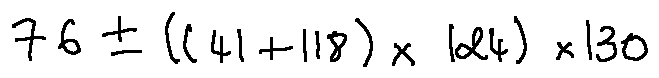
7 6 \pm ( ( 4 1 + 1 1 8 ) \times 1 2 4 ) \times 1 3 0